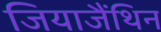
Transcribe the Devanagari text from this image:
जियाजैंथिन